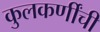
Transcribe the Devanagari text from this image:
कुलकर्णींची